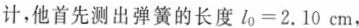
计，他首先测出弹簧的长度l_{0}=2.10cm，